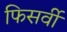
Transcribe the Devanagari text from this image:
फिसर्वी